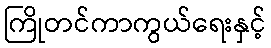
ကြိုတင်ကာကွယ်ရေးနှင့်